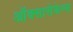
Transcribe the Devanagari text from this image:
ऑक्सासेफेम्स